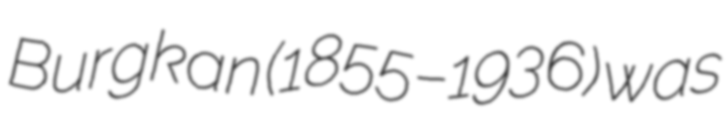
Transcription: Burgkan (1855–1936) was